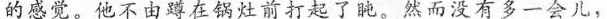
的感觉。他不由蹲在锅灶前打起了盹。然而没有多一会儿，